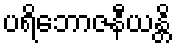
ပရိဘောဇနီယန္တိ